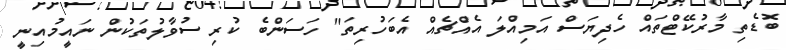
ބޮޑެތި މާރުކޭޓްތައް ހެދިޔަސް އަމިއްލަ އެއްޗެއް އެބަހުރިތަ" ހަސަންބެ ކުރި ސުވާލުތަކުން ނައީމުއިނީ